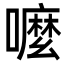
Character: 嚒